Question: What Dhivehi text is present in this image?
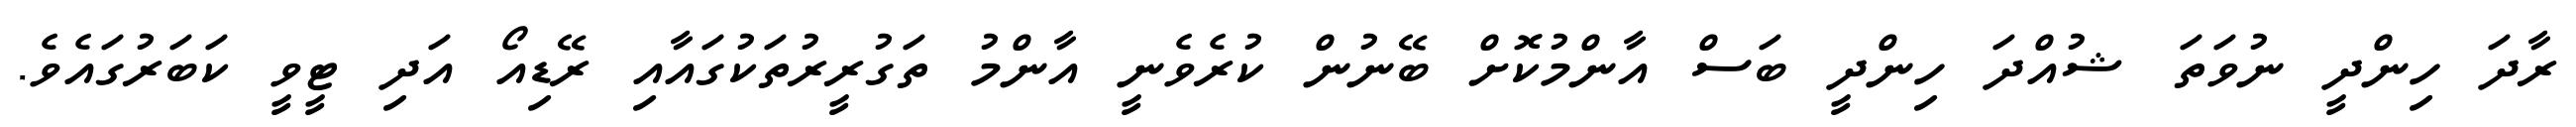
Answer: ރާދަ ހިންދީ ނުވަތަ ޝުއްދަ ހިންދީ ބަސް އާންމުކޮށް ބޭނުން ކުރެވެނީ އާންމު ތަގުރީރުތަކުގައާއި ރޭޑިއޯ އަދި ޓީވީ ކަބަރުގައެވެ.